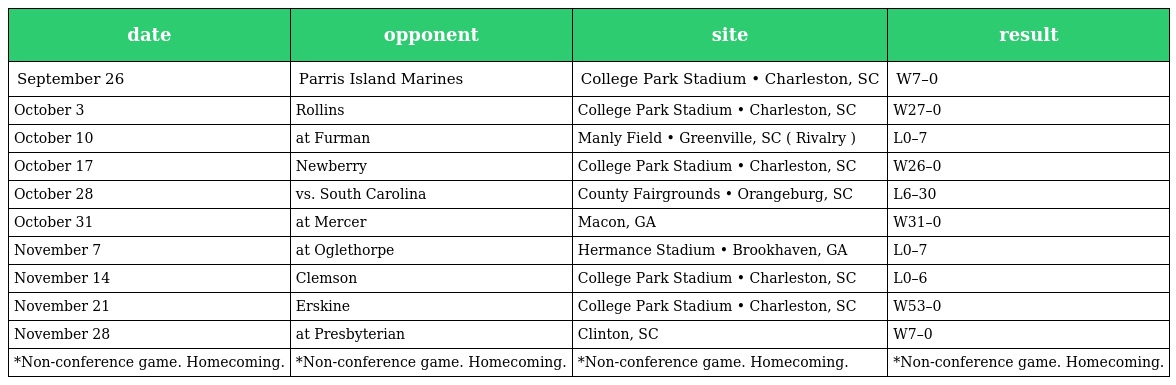
| date | opponent | site | result |
 | --- | --- | --- | --- |
 | September 26 | Parris Island Marines | College Park Stadium • Charleston, SC | W7–0 |
 | October 3 | Rollins | College Park Stadium • Charleston, SC | W27–0 |
 | October 10 | at Furman | Manly Field • Greenville, SC ( Rivalry ) | L0–7 |
 | October 17 | Newberry | College Park Stadium • Charleston, SC | W26–0 |
 | October 28 | vs. South Carolina | County Fairgrounds • Orangeburg, SC | L6–30 |
 | October 31 | at Mercer | Macon, GA | W31–0 |
 | November 7 | at Oglethorpe | Hermance Stadium • Brookhaven, GA | L0–7 |
 | November 14 | Clemson | College Park Stadium • Charleston, SC | L0–6 |
 | November 21 | Erskine | College Park Stadium • Charleston, SC | W53–0 |
 | November 28 | at Presbyterian | Clinton, SC | W7–0 |
 | *Non-conference game. Homecoming. | *Non-conference game. Homecoming. | *Non-conference game. Homecoming. | *Non-conference game. Homecoming. |